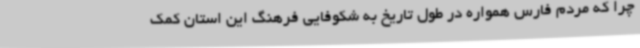
چرا که مردم فارس همواره در طول تاریخ به شکوفایی فرهنگ این استان کمک